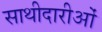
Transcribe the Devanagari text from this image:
साथीदारीओं